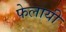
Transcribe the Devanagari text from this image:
फेलायी